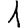
Digit: 1